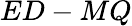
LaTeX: ED-MQ